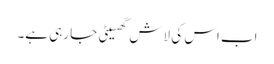
اب اس کی لاش گھسیٹی جا رہی ہے۔